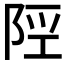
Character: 𨹢